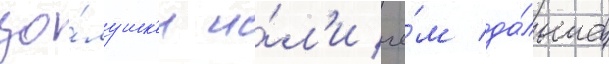
зо́лушк'и и́л'и че́м да́льше